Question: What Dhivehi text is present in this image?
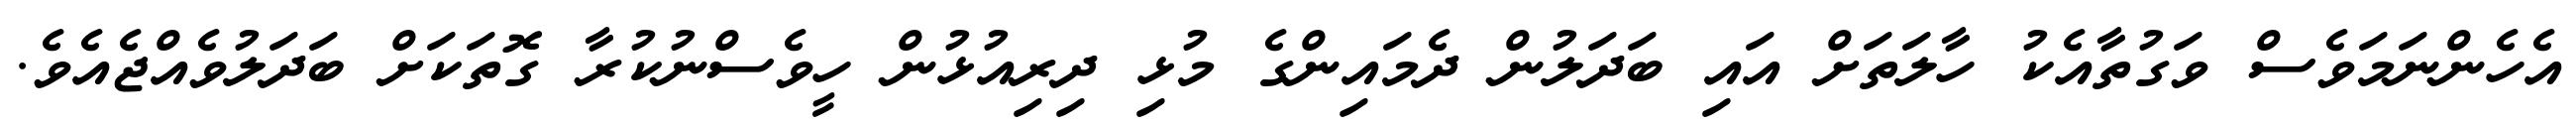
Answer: އެހެންނަމަވެސް ވަގުތާއެކު ހާލަތަށް އައި ބަދަލުން ދެމައިންގެ މުޅި ދިރިއުޅުން ހީވެސްނުކުރާ ގޮތަކަށް ބަދަލުވެއްޖެއެވެ.